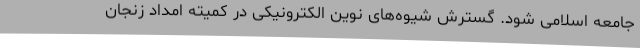
جامعه‌ اسلامی شود. گسترش شیوه‌های نوین الکترونیکی در کمیته امداد زنجان